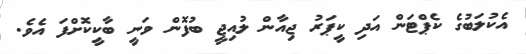
އެކުލަބުގެ ކެޕްޓަން އަދި ކީޕަރު ޖިއާން ލުއިޖީ ބުފޮން ވަނީ ބާކީކޮށްފަ އެވެ.